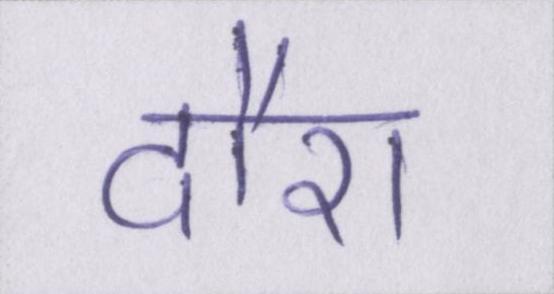
दौरा